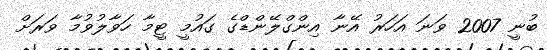
ބުނީ 2007 ވަނަ އަހަރު އޭނާ އިންގްލޭންޑްގެ ގައުމީ ޓީމާ ހަވާލުވުމާ ވަރަށް